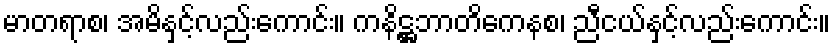
မာတရာစ၊ အမိနှင့်လည်းကောင်း။ ကနိဋ္ဌဘာတိကေနစ၊ ညီငယ်နှင့်လည်းကောင်း။